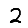
Digit: 2